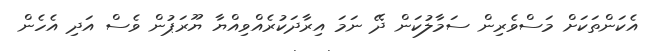
އެކަންތަކަށް މަސްވެރިން ސަމާލުކަން ދޭ ނަމަ އިރާދަކުރެއްވިއްޔާ ޔޫރަޕުން ވެސް އަދި އެހެން